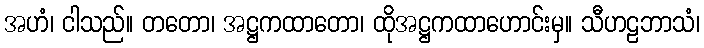
အဟံ၊ ငါသည်။ တတော၊ အဋ္ဌကထာတော၊ ထိုအဋ္ဌကထာဟောင်းမှ။ သီဟဠဘာသံ၊